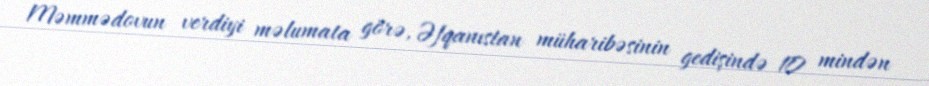
Məmmədovun verdiyi məlumata görə, Əfqanıstan müharibəsinin gedişində 10 mindən